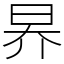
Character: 昦